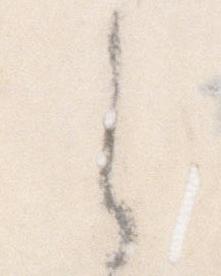
之